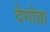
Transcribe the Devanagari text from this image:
देगोडा